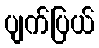
ပျက်ပြယ်